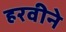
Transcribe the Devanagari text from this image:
हरवीने